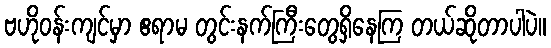
ဗဟိုဝန်းကျင်မှာ ဧရာမ တွင်းနက်ကြီးတွေရှိနေကြ တယ်ဆိုတာပါပဲ။